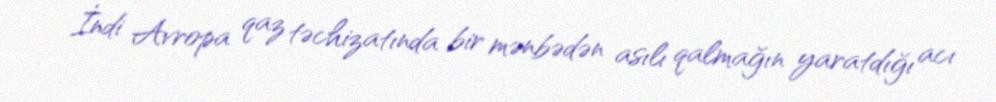
İndi Avropa qaz təchizatında bir mənbədən asılı qalmağın yaratdığı acı